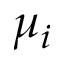
\mu _ { i }